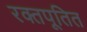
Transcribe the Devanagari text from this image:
रक्तपूतित